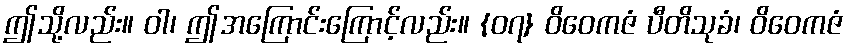
ဤသို့လည်း။ ဝါ၊ ဤအကြောင်းကြောင့်လည်း။ {၀၇} ဝိဝေကဇံ ပီတိသုခံ၊ ဝိဝေကဇံ